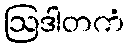
ဩဒါတကံ